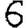
Digit: 6